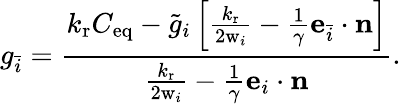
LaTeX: g_{\bar{i}}=\frac{{k_{\mathrm{r}}C_{\mathrm{eq}}-\tilde{g}_{i}\left[{{\frac{k_{\mathrm{r}}}{2\mathrm{w}_{i}}}-\frac{1}{\gamma}\mathbf{e}_{\bar{i}}\cdot\mathbf{n}}\right]}}{{{\frac{k_{\mathrm{r}}}{2\mathrm{w}_{i}}}-\frac{1}{\gamma}\mathbf{e}_{i}\cdot\mathbf{n}}}.